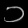
Digit: ၁